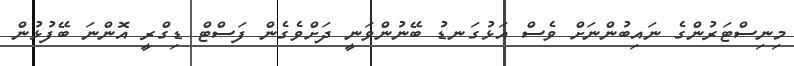
މިނިސްޓަރުންގެ ނައިބުންނަށް ވެސް އަޅުގަނޑު ބޭނުންވަނީ ދަށްވެގެން ފަސްޓް ޑިގްރީ އޮންނަ ބޭފުޅުން